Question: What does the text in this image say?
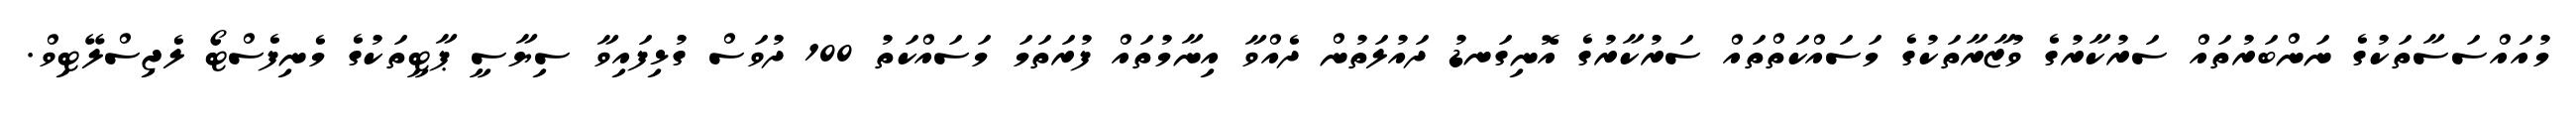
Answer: މުއައްސަސާތަކުގެ ނަންބަރުތައް ސަރުކާރުގެ ވުޒާރާތަކުގެ މަސައްކަތްތައް ސަރުކާރުގެ އޮނިގަނޑު ދައުލަތުން ދެއްވާ އިނާމުތައް ފުރަތަމަ މަސައްކަތު 100 ދުވަސް ގުޅިފައިވާ ސިޔާސީ ޕާޓީތަކުގެ މެނިފެސްޓޯ ލެޖިސްލޭޓިވް.